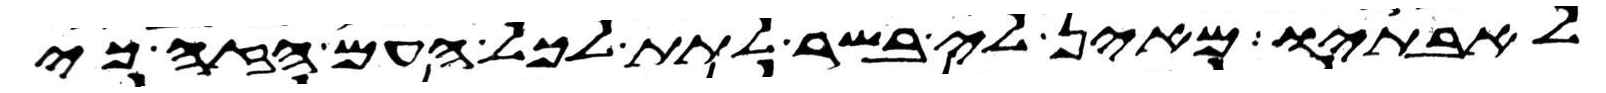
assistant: לאבתיו מאין לי בשר לתת לכל העם הזה כי